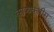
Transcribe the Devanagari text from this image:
काव्यकृतीस